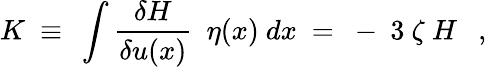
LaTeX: K\ \equiv\ \int\frac{\delta H}{\delta u(x)}\ \ \eta(x)\ dx\ =\ -\ 3\ \zeta\ H\ \ \ ,